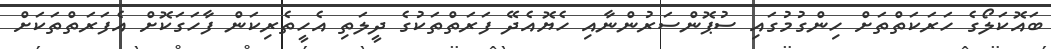
ބައޮކަލޯގެ ހަރަކަތްތަށް ހިންގުމުގައި ސުޕޮންސަރުންނާއި ހެޔޮއެދޭ ފަރަތްތަކުގެ ދީލަތި އެހީތެރިކަން ފާހަގަކޮށް އެފަރަތްތަކަށް